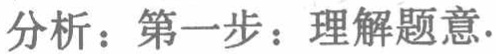
分析：第一步：理解题意.